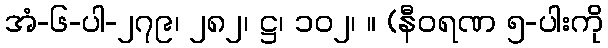
အံ-၆-ပါ-၂၇၉၊ ၂၈၂၊ ဋ္ဌ၊ ၁၀၂၊ ။ (နီဝရဏ ၅-ပါးကို